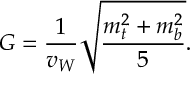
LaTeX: G = \frac { 1 } { v _ { W } } \sqrt { \frac { m _ { t } ^ { 2 } + m _ { b } ^ { 2 } } { 5 } } .